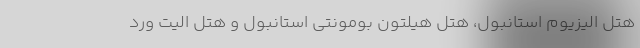
هتل الیزیوم استانبول، هتل هیلتون بومونتی استانبول و هتل الیت ورد